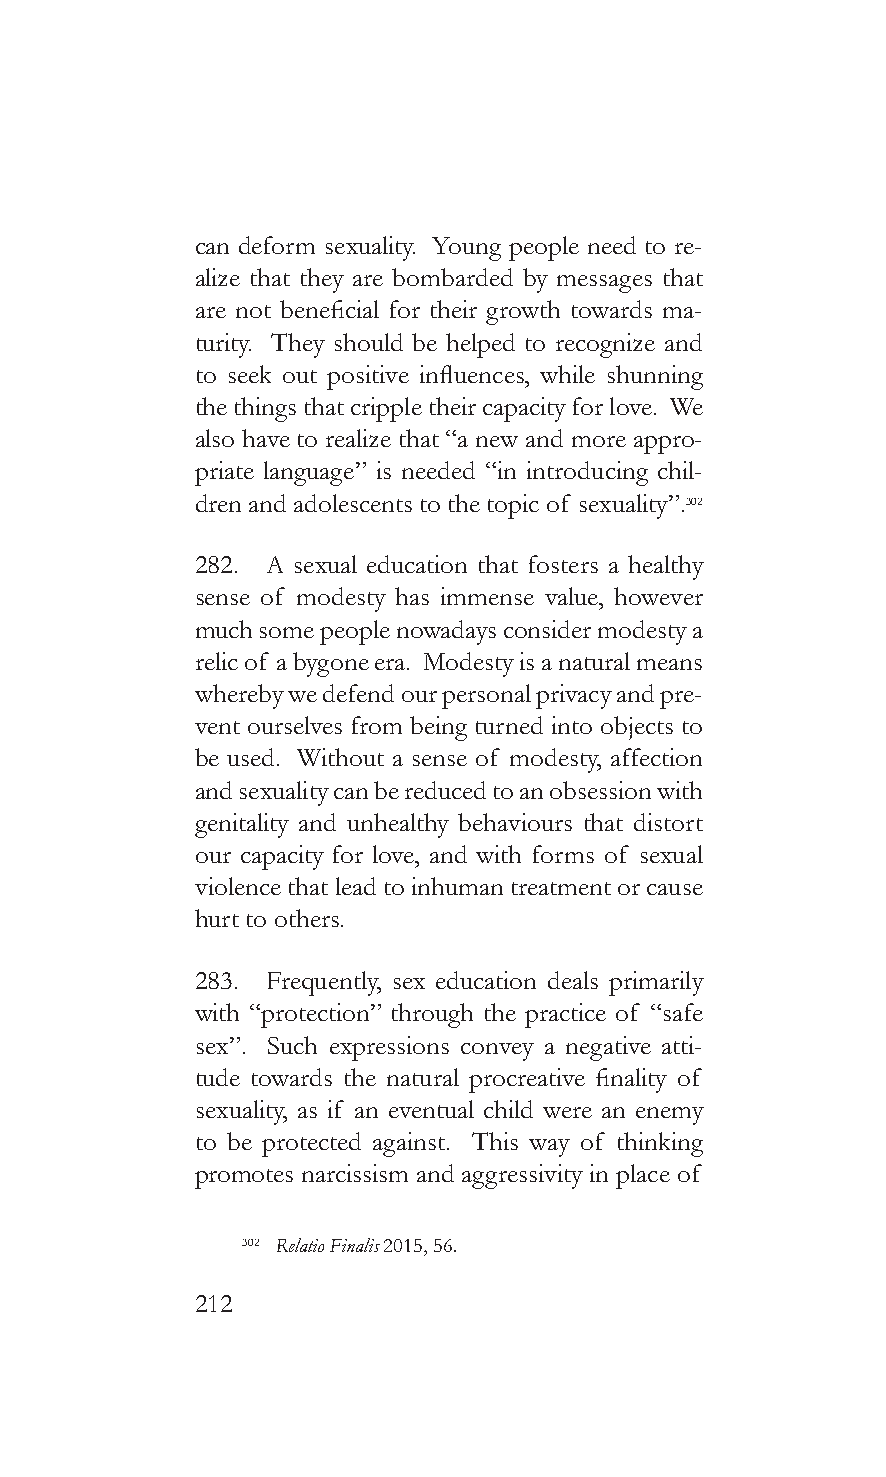
can deform sexuality. Young people need to re-
 alize that they are bombarded by messages that
 are not beneficial for their growth towards ma-
 turity. They should be helped to recognize and
 to seek out positive influences, while shunning
 the things that cripple their capacity for love. We
 also have to realize that “a new and more appro-
 priate language” is needed “in introducing chil-
 dren and adolescents to the topic of sexuality”.302
 282. A sexual education that fosters a healthy
 sense of modesty has immense value, however
 much some people nowadays consider modesty a
 relic of a bygone era. Modesty is a natural means
 whereby we defend our personal privacy and pre-
 vent ourselves from being turned into objects to
 be used. Without a sense of modesty, affection
 and sexuality can be reduced to an obsession with
 genitality and unhealthy behaviours that distort
 our capacity for love, and with forms of sexual
 violence that lead to inhuman treatment or cause
 hurt to others.
 283. Frequently, sex education deals primarily
 with “protection” through the practice of “safe
 sex”. Such expressions convey a negative atti-
 tude towards the natural procreative finality of
 sexuality, as if an eventual child were an enemy
 to be protected against. This way of thinking
 promotes narcissism and aggressivity in place of
 302 Relatio Finalis 2015, 56.
 212